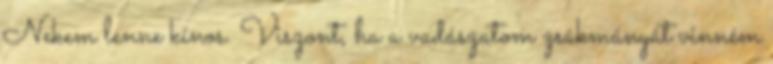
Nekem lenne kínos. Viszont, ha a vadászatom zsákmányát vinném